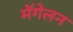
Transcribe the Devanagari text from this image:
मॅगेलन